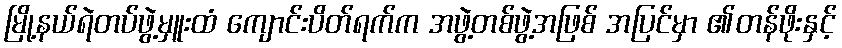
မြို့နယ်ရဲတပ်ဖွဲ့မှူးထံ ကျောင်းပိတ်ရက်က အဖွဲ့တစ်ဖွဲ့အဖြစ် အပြင်မှာ ၏တန်ဖိုးနှင့်